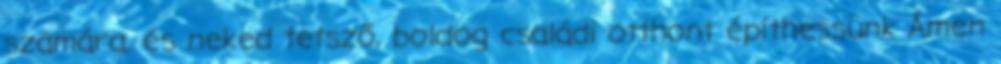
számára. és neked tetsző, boldog családi otthont építhessünk Ámen